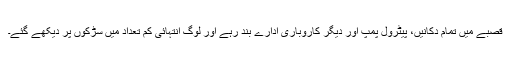
قصبے میں تمام دکانیں، پیٹرول پمپ اور دیگر کاروباری ادارے بند رہے اور لوگ انتہائی کم تعداد میں سڑکوں پر دیکھے گئے۔